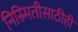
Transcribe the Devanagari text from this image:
निस्र्मितीसाठीही